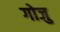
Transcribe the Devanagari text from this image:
गोजु